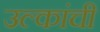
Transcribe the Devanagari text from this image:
उल्कांची